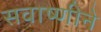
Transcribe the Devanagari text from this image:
सवाष्णीने